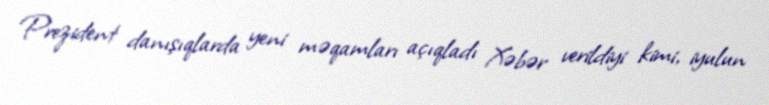
Prezident danışıqlarda yeni məqamları açıqladı Xəbər verildiyi kimi, iyulun